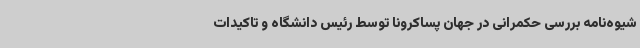
شیوه‌نامه بررسی حکمرانی در جهان پساکرونا توسط رئیس دانشگاه و تاکیدات